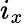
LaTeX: i_{x}